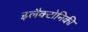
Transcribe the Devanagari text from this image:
इलैक्टोनिकी